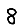
Digit: 8